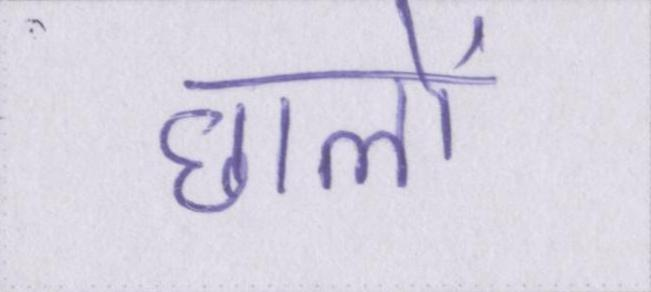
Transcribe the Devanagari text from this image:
छालों